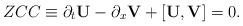
LaTeX: \begin{align*}ZCC \equiv \partial_t {\bf U} - \partial_x {\bf V} + [{\bf U} , {\bf V}] = 0 .\end{align*}